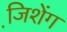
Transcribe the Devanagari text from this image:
जि़शेंग